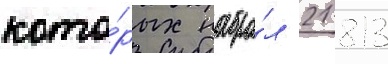
кото́рых набра́л 21 813